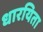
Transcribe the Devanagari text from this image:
धारयिता